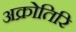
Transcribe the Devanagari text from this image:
अक्रोतिरि